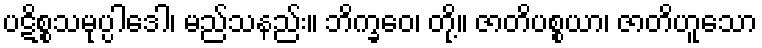
ပဋိစ္စသမုပ္ပါဒေါ၊ မည်သနည်း။ ဘိက္ခဝေ၊ တို့။ ဇာတိပစ္စယာ၊ ဇာတိဟူသော